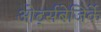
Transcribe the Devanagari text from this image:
ओर्ट्सबेजिर्के